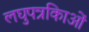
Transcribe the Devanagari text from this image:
लघुपत्रकिाओं